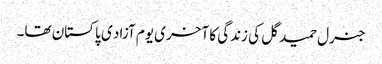
جنرل حمید گل کی زندگی کا آخری یوم آزاد ی پاکستان تھا۔